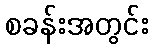
စခန်းအတွင်း